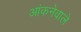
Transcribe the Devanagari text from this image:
आंकनेवाले